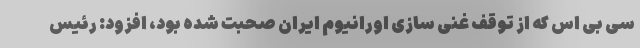
سی بی اس که از توقف غنی سازی اورانیوم ایران صحبت شده بود، افزود: رئیس